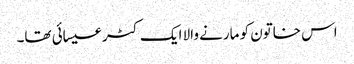
اس خاتون کو مارنے والا ایک کٹر عیسائی تھا۔